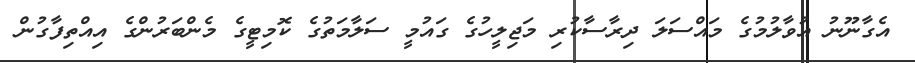
އެގާނޫނު އުވާލުމުގެ މައްސަލަ ދިރާސާކުރި މަޖިލީހުގެ ގައުމީ ސަލާމަތުގެ ކޮމިޓީގެ މެންބަރުންގެ އިއްތިފާގުން